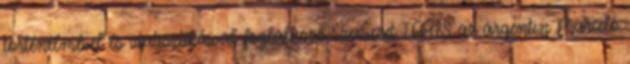
történelmével és statisztikáival foglalkozó szervezet IFFHS az argentin Marcelo